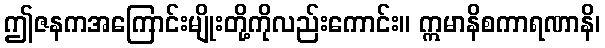
ဤဇနကအကြောင်းမျိုးတို့ကိုလည်းကောင်း။ ဣမာနိစကာရဏာနိ၊